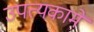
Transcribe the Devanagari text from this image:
उपत्यकामे